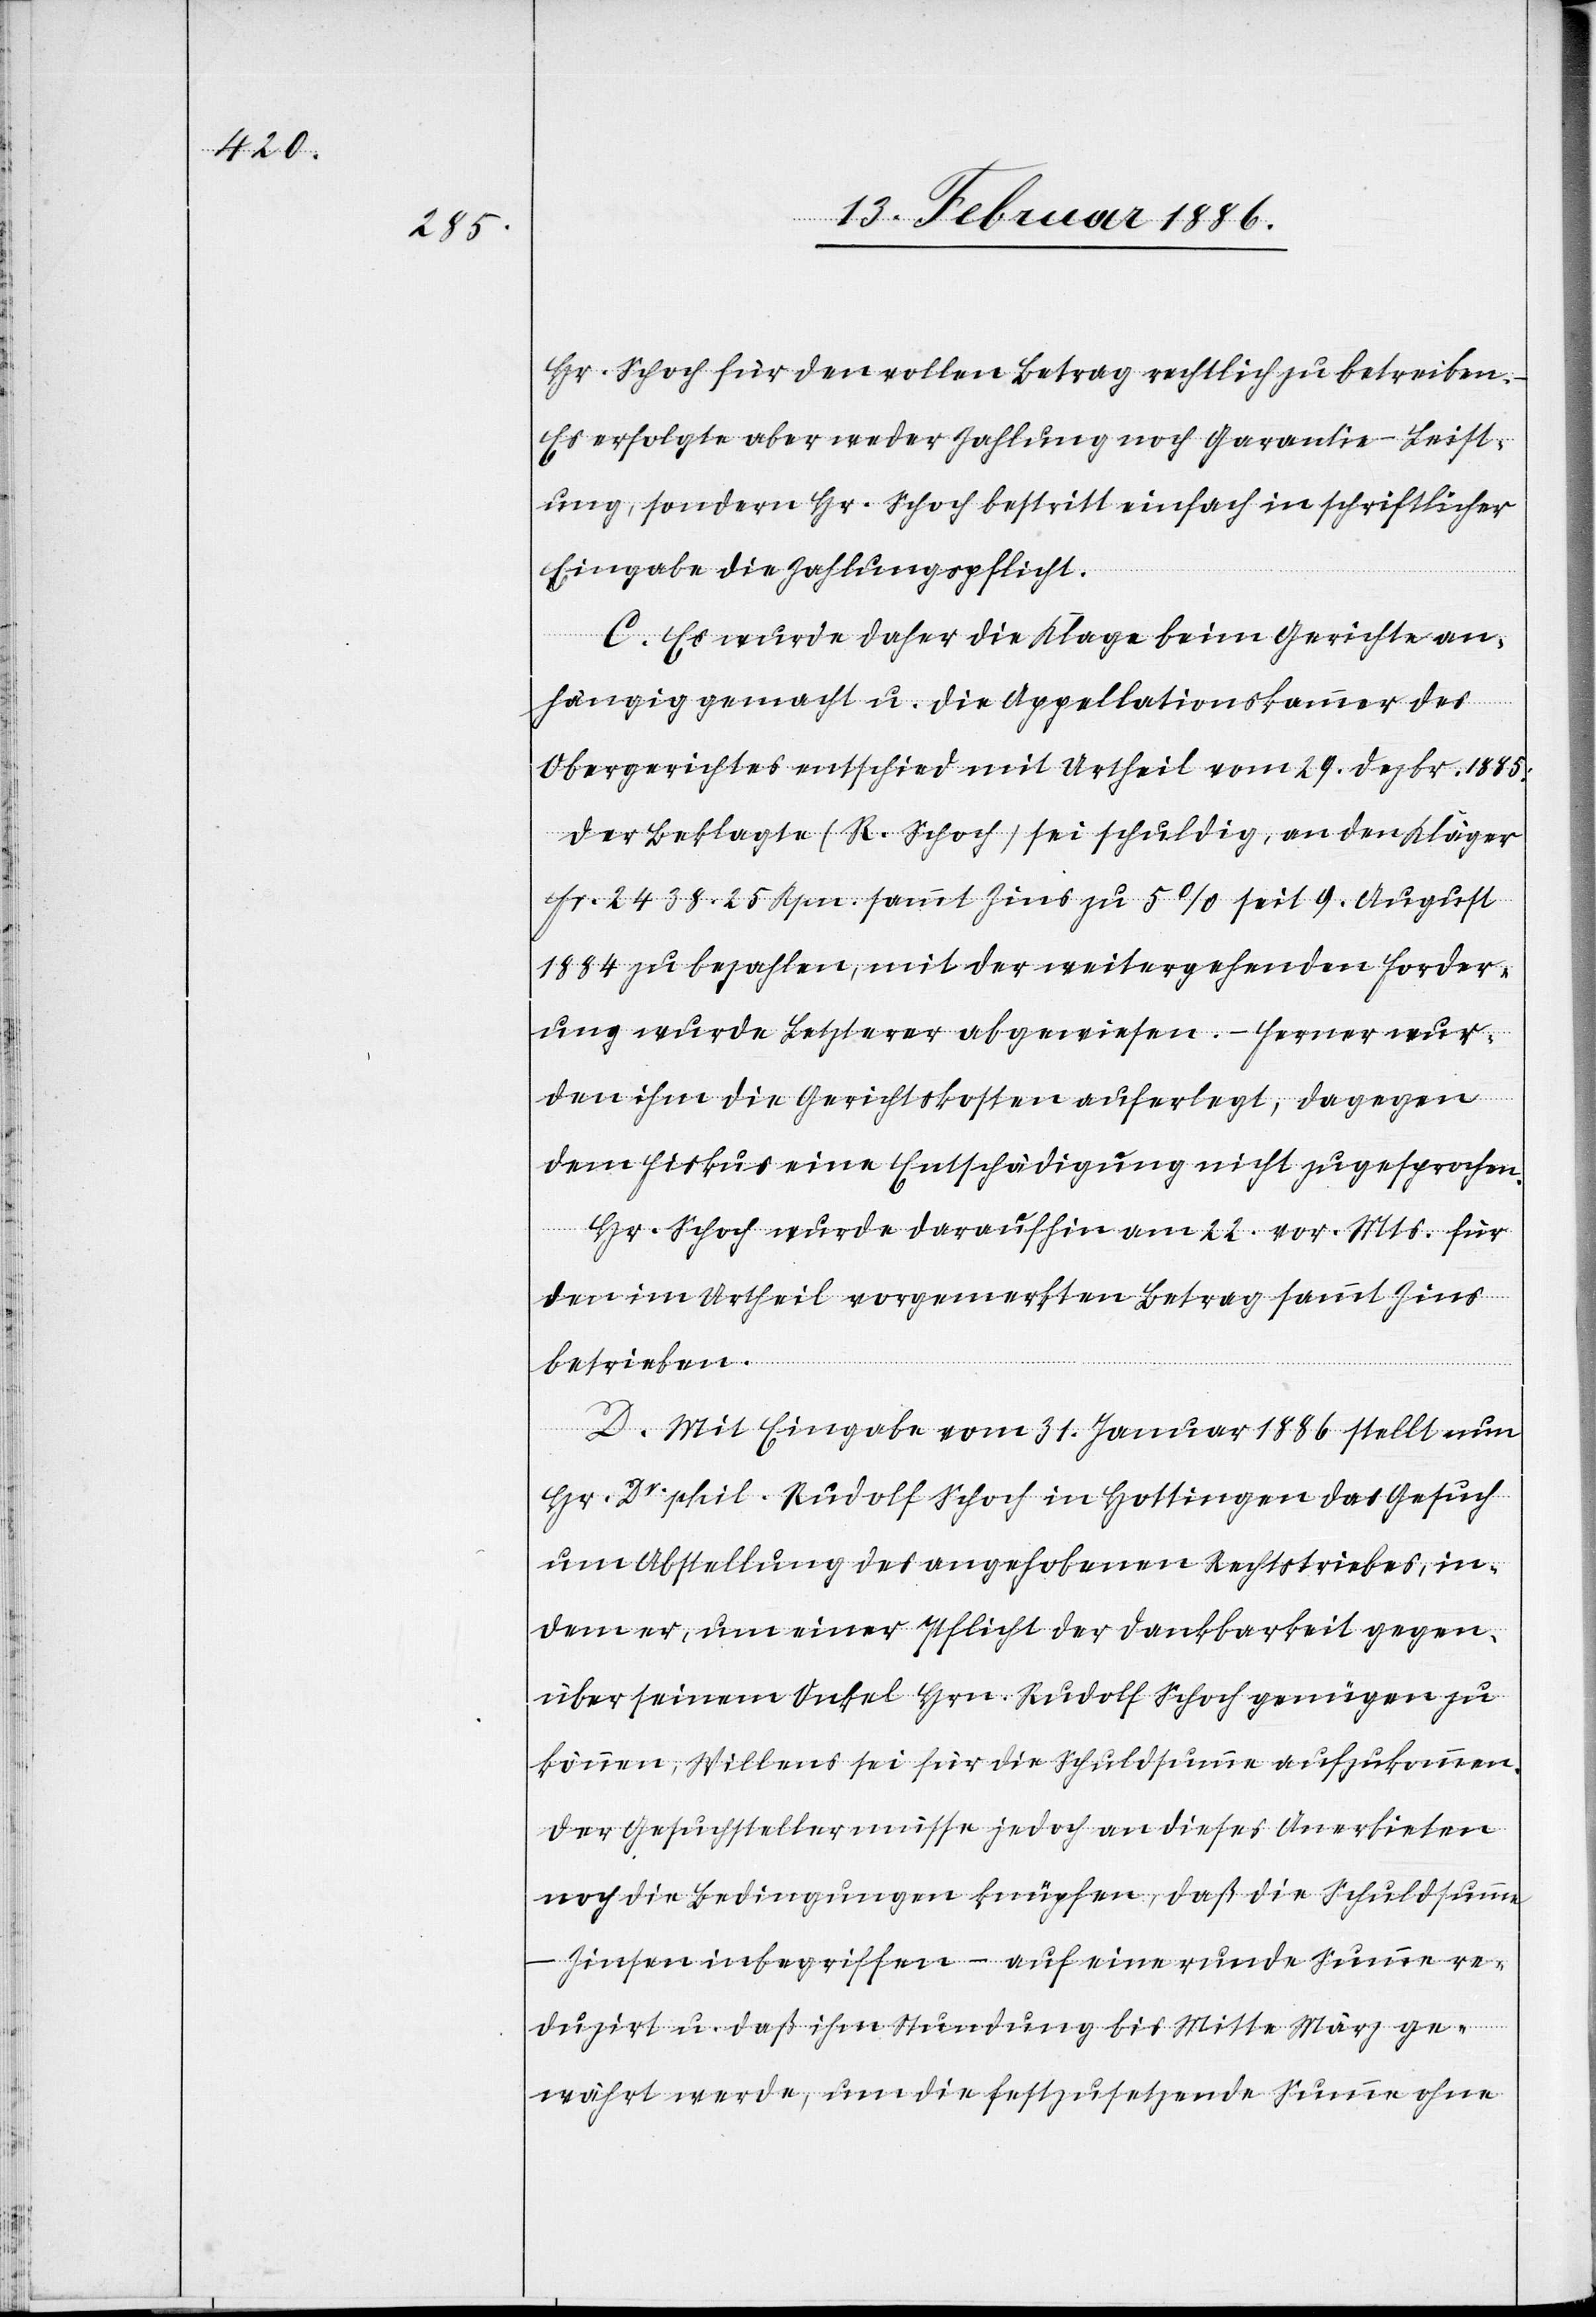
Hr. Schoch für den vollen Betrag rechtlich zu betreiben.
Es erfolgte aber weder Zahlung noch Garantie-Leist¬
ung, sondern Hr. Schoch bestritt einfach in schriftlicher
Eingabe die Zahlungspflicht.
C. Es wurde daher die Klage beim Gerichte an¬
hängig gemacht u. die Appellationskammer des
Obergerichtes entschied mit Urtheil vom 29. Dezbr. 1885,
der Beklagte (R. Schoch), sei schuldig, an den Kläger
Fr. 2438. 25 Rpn. sammt Zins zu 5% seit 9. August
1884 zu bezahlen, mit der weitergehenden Forder¬
ung wurde Letzterer abgewiesen.– Ferner wur¬
den ihm die Gerichtskosten auferlegt, dagegen
dem Fiskus eine Entschädigung nicht zugesprochen.
Hr. Schoch wurde daraufhin am 22. vor. Mts. für
den im Urtheil vorgemerkten Betrag sammt Zins
betrieben.
D. Mit Eingabe vom 31. Januar 1886 stellt nun
Hr. Dr. phil. Rudolf Schoch in Hottingen das Gesuch
um Abstellung des angehobenen Rechtstriebes, in¬
dem er, um einer Pflicht der Dankbarkeit gegen¬
über seinem Onkel Hrn. Rudolf Schoch genügen zu
können, Willens sei für die Schuldsumme aufzukommen.
Der Gesuchsteller müsse jedoch an dieses Anerbieten
noch die Bedingungen knüpfen, daß die Schuldsumme
– Zinsen inbegriffen – auf eine runde Summe re¬
duzirt u. daß ihm Stundung bis Mitte März ge¬
währt werde, um die festzusetzende Summe ohne